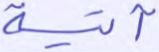
آتية